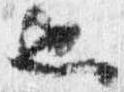
也